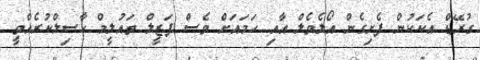
ގުރޭޑް އެކަކުން ފެށިގެން އޯލެވެލް އާއި ހަމައަށް ވެސް ފަޒީލް ތައުލީމް ހާސިލްކުރެއްވީ